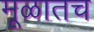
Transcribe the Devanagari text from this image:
मूळातच